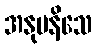
အနုပနိသေ